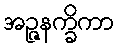
အဉ္ဇနက္ခိကာ